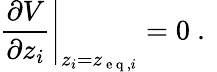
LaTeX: \left.\frac{\partial V}{\partial z_{i}}\right|_{z_{i}=z_{\mathrm{~e~q~},i}}=0\mathrm{~.~}